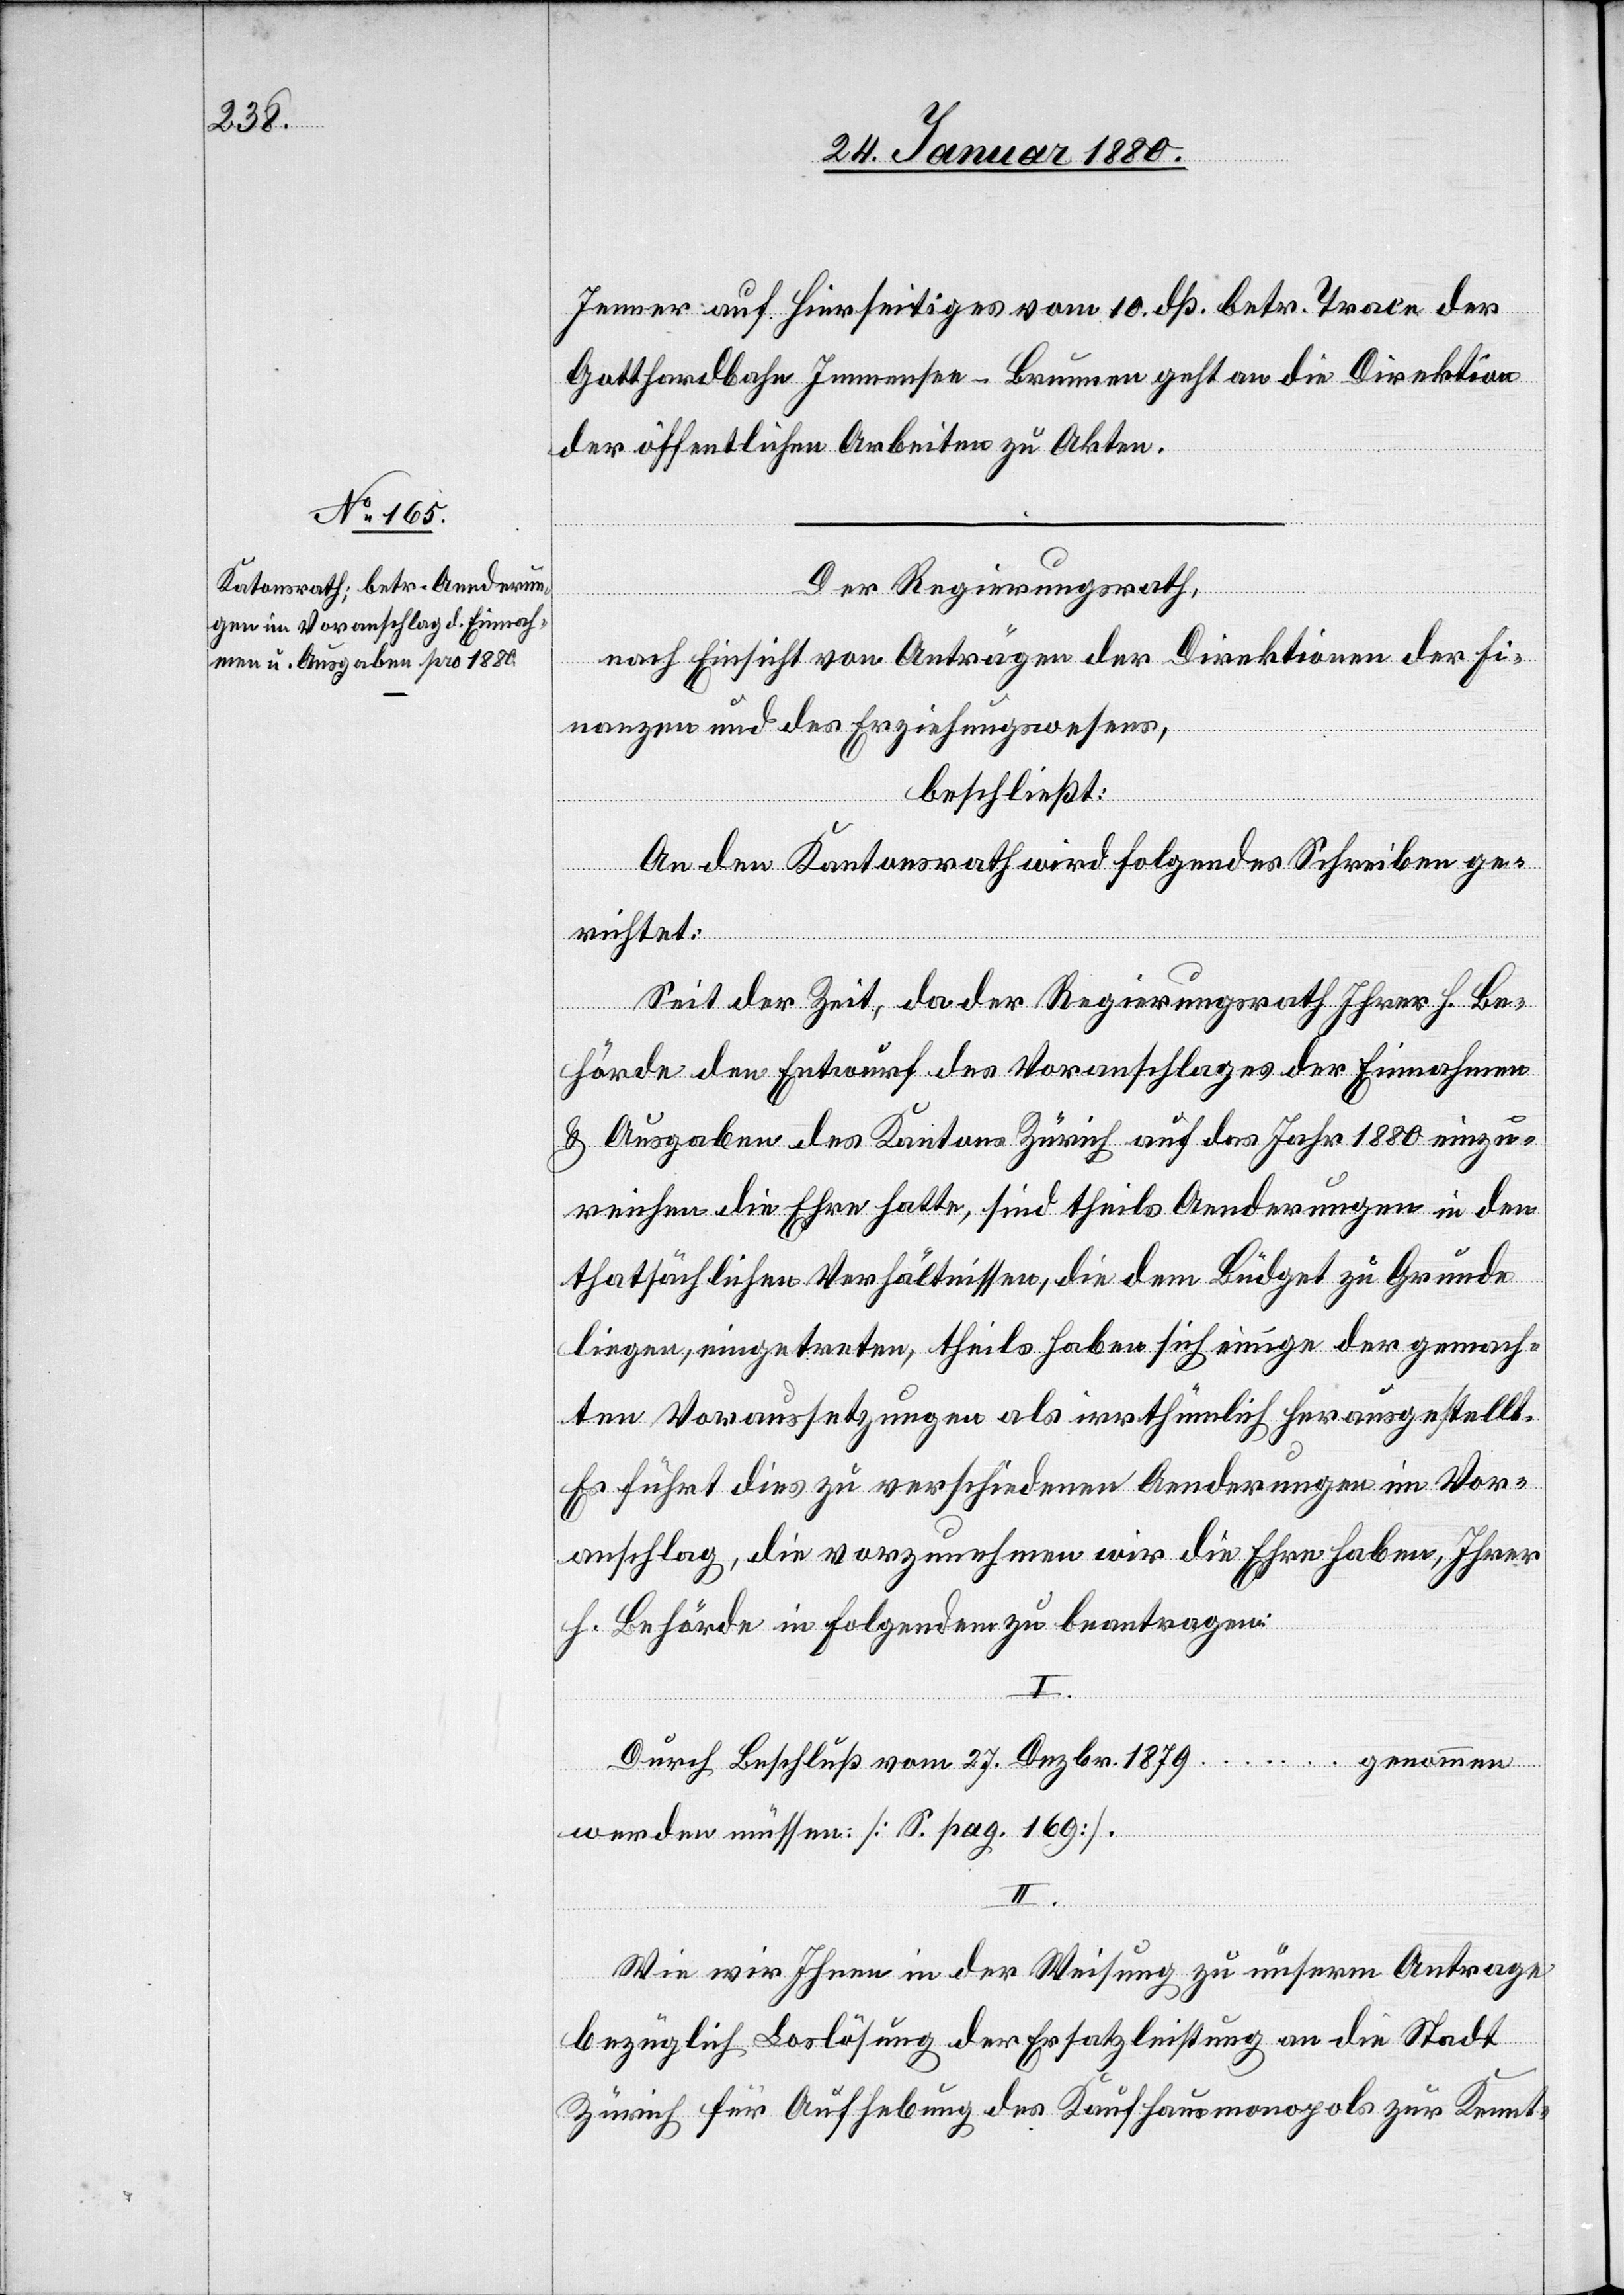
Jenner auf hierseitiges vom 10. dß. betr. Trace der
Gotthardbahn Immensee–Brunnen geht an die Direktion
der öffentlichen Arbeiten zu Akten.
Der Regierungsrath,
nach Einsicht eines Antrages der Direktionen der Fi¬
nanzen und des Erziehungswesens,
beschließt:
An den Kantonsrath wird folgendes Schreiben ge¬
richtet:
Seit der Zeit, da der Regierungsrath Ihrer h. Be¬
hörde den Entwurf des Voranschlages der Einnahmen
& Ausgaben des Kantons Zürich auf das Jahr 1880 einzu¬
reichen die Ehre hatte, sind theils Aenderungen in den
thatsächlichen Verhältnissen, die dem Büdget zu Grunde
liegen, eingetreten, theils haben sich einige der gemach¬
ten Voraussetzungen als irrthümlich herausgestellt.
Es führt dies zu verschiedenen Aenderungen im Vor¬
anschlag, die vorzunehmen wir die Ehre haben, Ihrer
h. Behörde in Folgendem zu beantragen:
Durch Beschluß vom 27. Dezbr. 1979 … genommen
werden müssen: [S. pag. 169].
II.
Wie wir Ihnen in der Weisung zu unserm Antrage
bezüglich Loslösung der Ersatzleistung an die Stadt
Zürich für Aufhebung des Kaufhausmonopols zur Kennt-